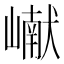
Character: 𪩘